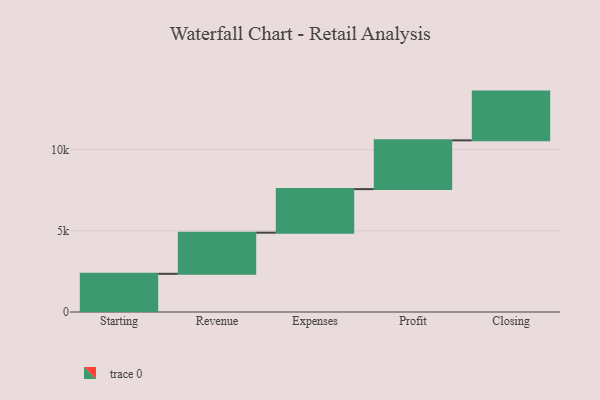
{"axis": {"x": "Step", "y": "Value"}, "legend": [""], "data": [{"x": "Starting", "y": 2350.0, "type": ""}, {"x": "Revenue", "y": 2530.0, "type": ""}, {"x": "Expenses", "y": 2682.0, "type": ""}, {"x": "Profit", "y": 3000, "type": ""}, {"x": "Closing", "y": 3000, "type": ""}]}